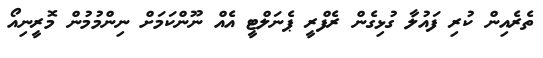
ތެރެއިން ކުރި ފައުލާ ގުޅިގެން ރެފްރީ ޕެނަލްޓީ އެއް ނޫންކަމަށް ނިންމުމުން މޮރީނިއޯ